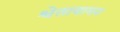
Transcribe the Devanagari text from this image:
श्वेतावामन